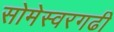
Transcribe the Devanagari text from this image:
सोमेस्वरगढी